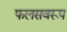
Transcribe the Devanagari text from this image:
फलसवरूप